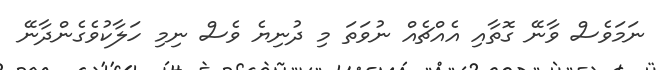
ނަމަވެސް ވާނޭ ގޮތާއި އެއްޗެއް ނުވަތަ މި ދުނިޔެ ވެސް ނިމި ހަލާކުވެގެންދާނޭ